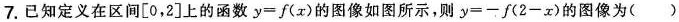
7.已知定义在区间[0，2]上的函数$$y=f(x)$$的图像如图所示，则$$y=-f(2-x)$$的图像为()